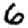
Digit: 6